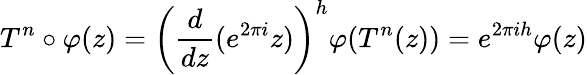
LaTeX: T^{n}\circ\varphi(z)=\left(\frac{d}{dz}(e^{2\pi i}z)\right)^{h}\varphi(T^{n}(z))=e^{2\pi ih}\varphi(z)